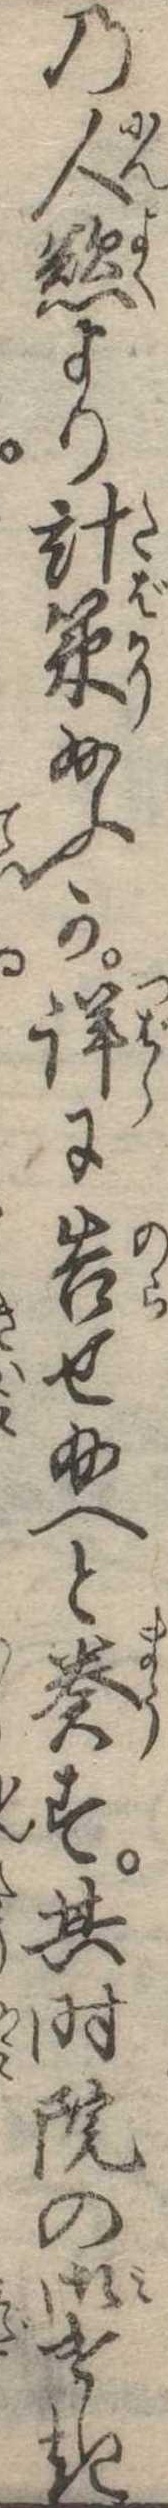
の人慾より計策給ふか詳に告せ給へと奏す其時院の御けしき